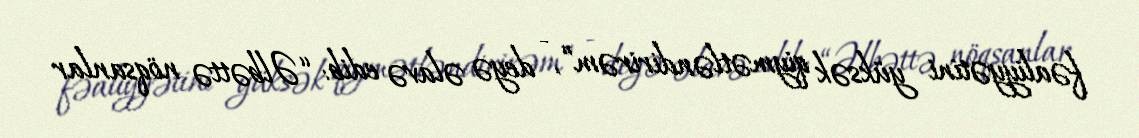
fəaliyyətini yüksək qiymətləndirirəm”, - deyə əlavə edib: “Əlbəttə nöqsanlar